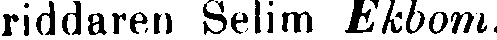
riddaren Selim Ekbom.